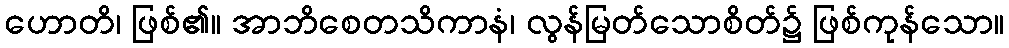
ဟောတိ၊ ဖြစ်၏။ အာဘိစေတသိကာနံ၊ လွန်မြတ်သောစိတ်၌ ဖြစ်ကုန်သော။